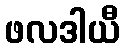
ဖလဒါယီ